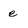
Character: e